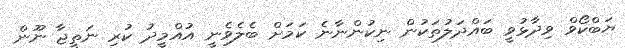
ޔަބްކޯވް ވިދާޅުވީ ބައްދަލުތަކުން ނިކުންނާނެ ކަމަށް ބެލެވެނީ އުއްމީދު ކުރި ނަތީޖާ ނޫން